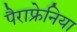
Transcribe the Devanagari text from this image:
पैराफ्रेनिया